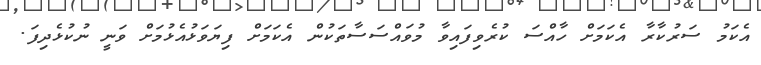
އެކަމު ސަރުކާރާ އެކަމަށް ހާއްސަ ކުރެވިފައިވާ މުވައްސަސާތަކުން އެކަމަށް ފިޔަވަޅުއެޅުމަށް ވަނީ ނުކުޅެދިފަ.